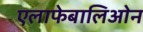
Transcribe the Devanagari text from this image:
एलाफेबालिओन